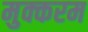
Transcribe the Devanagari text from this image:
मुक्करम